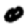
Digit: 0